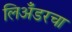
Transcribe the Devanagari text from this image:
लिअँडरचा